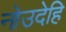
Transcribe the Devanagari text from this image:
नोउदेहि